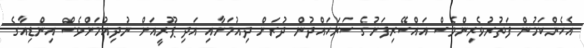
އެހެންކަމުން ފަތުރުވެރިންވެސް އައްސޭރިފަށުގެ ސަރަހައްދުން ދުރަށް ދިއުމަށާއި އަދި ޕޫރީއަށް ނުދިއުމަށްވެސް އިންޑިއާގެ